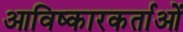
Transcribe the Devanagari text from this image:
आविष्कारकर्ताओं